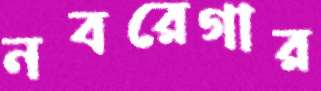
নবরেগার